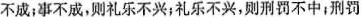
不成；事不成，则礼乐不兴；礼乐不兴，则刑罚不中；刑罚